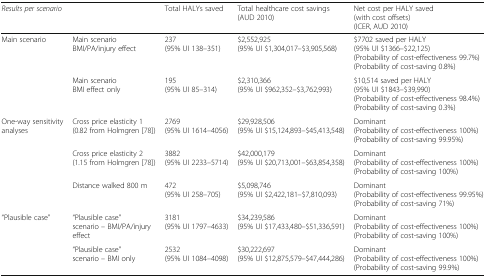
<table><thead><tr><td colspan="2"><b><i>Results per scenario</i></b></td><td><b>Total HALYs saved</b></td><td><b>Total healthcare cost savings(AUD 2010)</b></td><td><b>Net cost per HALY saved(with cost offsets)(ICER, AUD 2010)</b></td></tr></thead><tbody><tr><td rowspan="2">Main scenario</td><td>Main scenarioBMI/PA/injury effect</td><td>237(95% UI 138–351)</td><td>$2,552,925(95% UI $1,304,017–$3,905,568)</td><td>$7702 saved per HALY(95% UI $1366–$22,125)(Probability of cost-effectiveness 99.7%)(Probability of cost-saving 0.8%)</td></tr><tr><td>Main scenarioBMI effect only</td><td>195(95% UI 85–314)</td><td>$2,310,366(95% UI $962,352–$3,762,993)</td><td>$10,514 saved per HALY(95% UI $1843–$39,990)(Probability of cost-effectiveness 98.4%)(Probability of cost-saving 0.3%)</td></tr><tr><td rowspan="3">One-way sensitivity analyses</td><td>Cross price elasticity 1(0.82 from Holmgren [78])</td><td>2769(95% UI 1614–4056)</td><td>$29,928,506(95% UI $15,124,893–$45,413,548)</td><td>Dominant(Probability of cost-effectiveness 100%)(Probability of cost-saving 99.95%)</td></tr><tr><td>Cross price elasticity 2(1.15 from Holmgren [78])</td><td>3882(95% UI 2233–5714)</td><td>$42,000,179(95% UI $20,713,001–$63,854,358)</td><td>Dominant(Probability of cost-effectiveness 100%)(Probability of cost-saving 100%)</td></tr><tr><td>Distance walked 800 m</td><td>472(95% UI 258–705)</td><td>$5,098,746(95% UI $2,422,181–$7,810,093)</td><td>Dominant(Probability of cost-effectiveness 99.95%)(Probability of cost-saving 71%)</td></tr><tr><td rowspan="2">“Plausible case”</td><td>“Plausible case” scenario – BMI/PA/injury effect</td><td>3181(95% UI 1797–4633)</td><td>$34,239,586(95% UI $17,433,480–$51,336,591)</td><td>Dominant(Probability of cost-effectiveness 100%)(Probability of cost-saving 100%)</td></tr><tr><td>“Plausible case” scenario – BMI only</td><td>2532(95% UI 1084–4098)</td><td>$30,222,697(95% UI $12,875,579–$47,444,286)</td><td>Dominant(Probability of cost-effectiveness 100%)(Probability of cost-saving 99.9%)</td></tr></tbody></table>